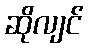
ဆိုလျင်